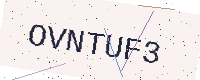
Text: OVNTUF3